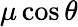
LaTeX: \mu\cos\theta